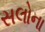
સલોના